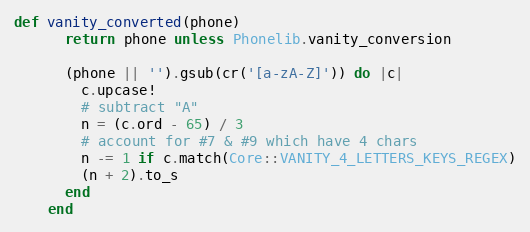
Language: Ruby
def vanity_converted(phone)
      return phone unless Phonelib.vanity_conversion

      (phone || '').gsub(cr('[a-zA-Z]')) do |c|
        c.upcase!
        # subtract "A"
        n = (c.ord - 65) / 3
        # account for #7 & #9 which have 4 chars
        n -= 1 if c.match(Core::VANITY_4_LETTERS_KEYS_REGEX)
        (n + 2).to_s
      end
    end